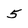
Character: 5